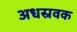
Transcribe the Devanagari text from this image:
अधस्रवक